Annual report of the Civil Veterinary Department, Bengal, for the year 1897-98 - 1897-1898
Year: 1897
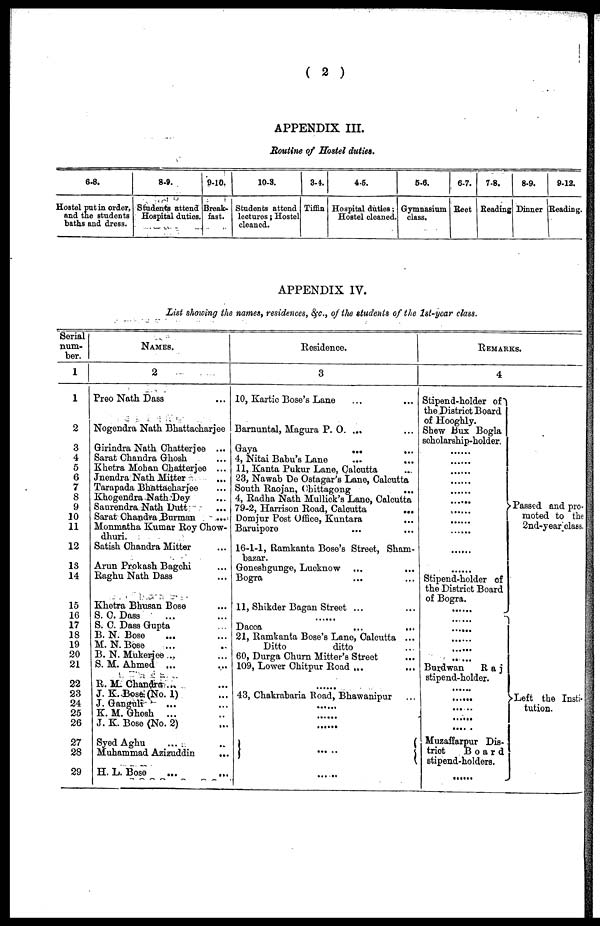
( 2 )
APPENDIX III.
Routine of Hostel duties.
6-8.
Hostel put in order,
and the students
baths and dress.
8-9.
Students attend
Hospital duties.
9-10.
Break-
fast.
10-3.
Students attend
lectures ; Hostel
cleaned.
3-4.
Tiffin
4-5.
Hospital duties;
Hostel cleaned.
5-6.
Gymnasium
class.
6-7.
Beet
78.
Beading
8-9.
Dinner
9-12.
Reading.
APPENDIX IV.
List showing the names, residences, &c., of the students of the 1st-year class.
Serial
num-
ber.
1
1
2
3
4
5
6
7
8
9
10
11
12
18
14
15
16
17
18
19
20
21
22
23
24
25
26
27
28
29
NAMES.
2
Preo Nath Dass ...
Nogendra Nath Bhattacharjee
Girindra Nath Chatterjee ...
Sarat Chandra Ghosh ...
Khetra Mohan Chatterjee ...
Jnendra Nath Mitter ...
Tarapada Bhattacharjee ...
Khogendra Nath Dey ...
Saurendra Nath Dutt ...
Sarat Chandra Burman
...
Monmatha Kumar Roy Chow-
dhuri.
Satish Chandra Mitter ...
Arun Prokash Bagchi ...
Raghu Nath Dass ...
Khetra Bhusan Bose ...
S. C. Dass ... ...
S. C. Dass Gupta ...
B. N. Bose
... ...
M. N. Bose ... ..
B. N. Mukerjee .. ...
S. M. Ahmed ... ...
R. M. Chandra .. ...
J. K. Bose (No. 1) ...
J. Ganguli
... ...
K. M. Ghosh ... ..
J. K. Bose (No. 2) ...
Syed Aghu
...
..
Muhammad Azizuddin ...
H. L. Bose
...
...
Residence.
3
10, Kartic Bose's Lane ... ...
Barnuntal, Magura P. O. ...
...
Gaya ... ...
4, Nitai Babu's Lane
...
...
11, Kanta Pukur Lane, Calcutta ...
23, Nawab De Ostagar's Lane, Calcutta
South Raojan,
Chittagong
...
4, Radha Nath Mullick's Lane, Calcutta
79-2, Harrison Road, Calcutta
...
Domjur Post Office, Kuntara ...
Baruiporo ... ...
16-1-1, Ramkanta Bose's Street, Sham-
bazar.
Goneshgunge, Lucknow ... ...
Bogra ... ...
11, Shikder Began Street ... ...
Dacca
...
...
21, Ramkanta Bose's Lane, Calcutta ...
|
Ditto
ditto ..
60, Durga Churn Mitter's Street ...
109, Lower Chitpur Road ...
...
43, Chakrabaria Road, Bhawanipur ...
......
......
......
... ..
... ..
REMARKS.
4
Stipend-holder of
the District Board
of Hooghly.
Shew Bux Bogla
scholarship-holder.
......
......
......
......
......
......
......
......
......
......
......
Stipend-holder of
the District Board
of Bogra.
......
......
......
......
......
.. ...
Burdwan
Raj
stipend-holder.
......
......
......
......
.... .
Muzaffarpur Dis-
trict
Board
stipend-holders.
......
Passed and pro-
moted to the
2nd-year class.
Left the Insti-
tution.